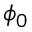
\phi _ { 0 }